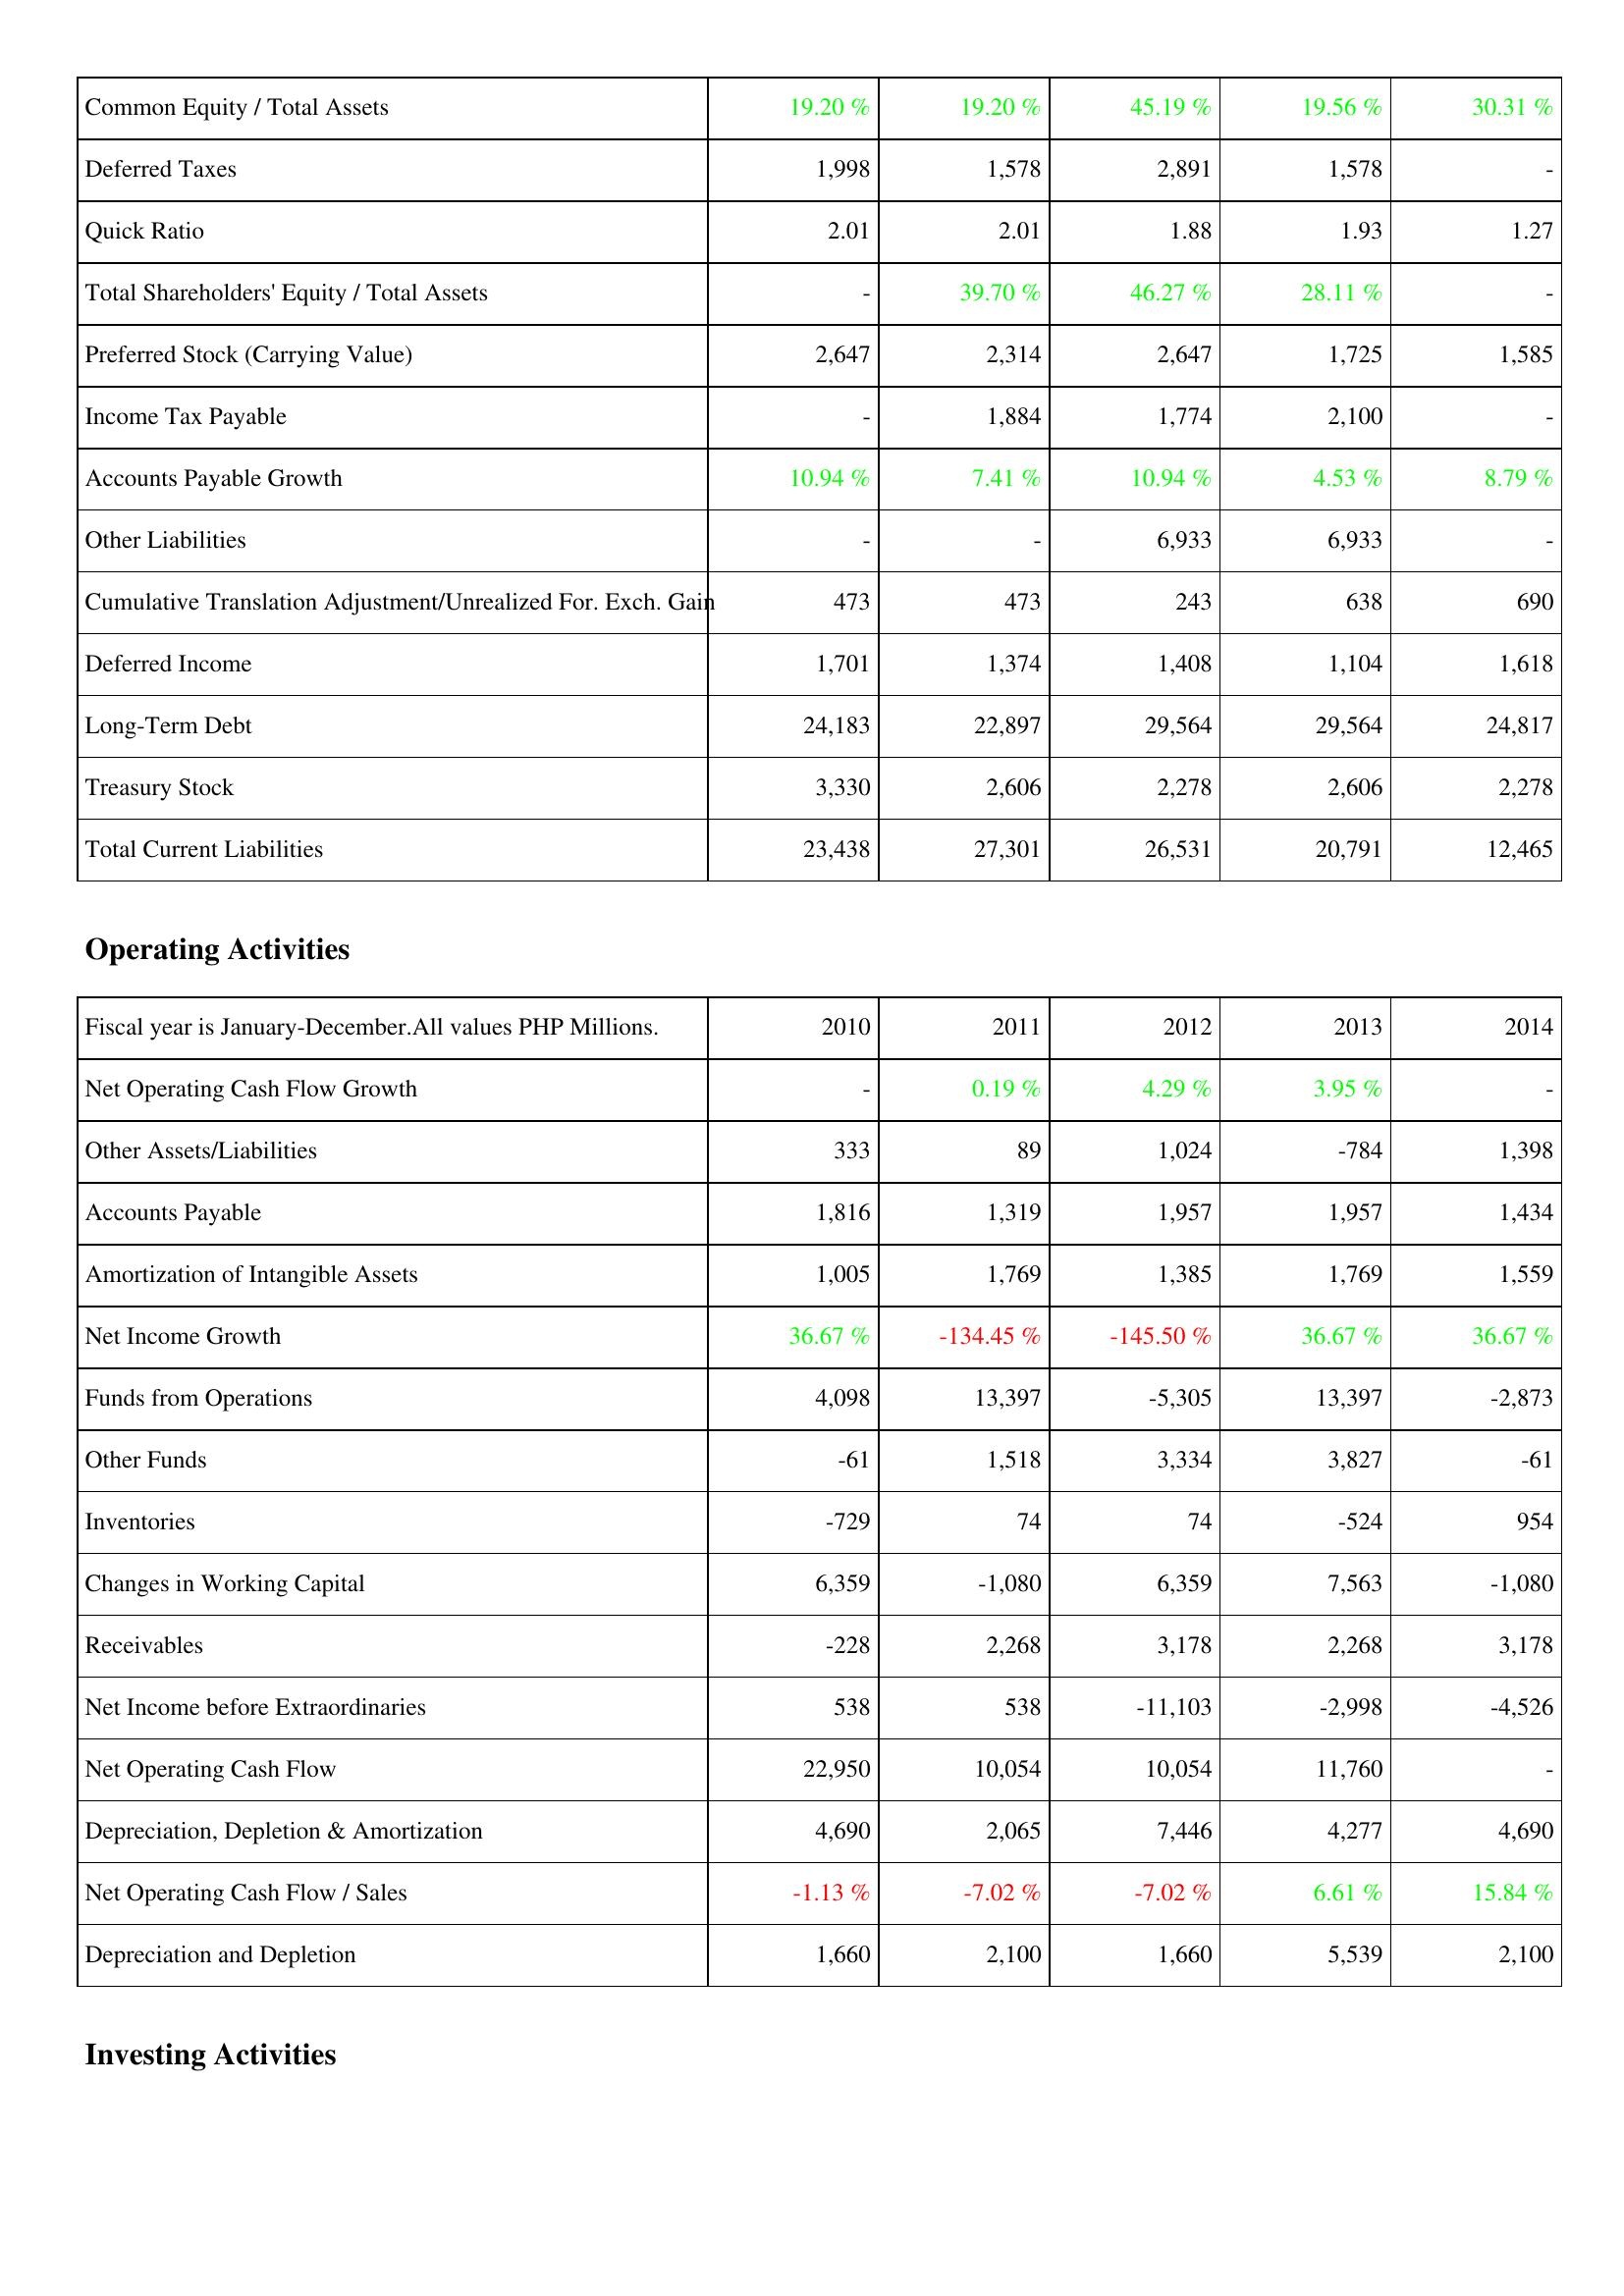
2010: Liabilities & Shareholders' Equity: Common Equity / Total Assets: 19.20 %
Deferred Taxes: 1,998
Quick Ratio: 2.01
Total Shareholders' Equity / Total Assets: -
Preferred Stock (Carrying Value): 2,647
Income Tax Payable: -
Accounts Payable Growth: 10.94 %
Other Liabilities: -
Cumulative Translation Adjustment/Unrealized For. Exch. Gain: 473
Deferred Income: 1,701
Long-Term Debt: 24,183
Treasury Stock: 3,330
Total Current Liabilities: 23,438
Operating Activities: Net Operating Cash Flow Growth: -
Other Assets/Liabilities: 333
Accounts Payable: 1,816
Amortization of Intangible Assets: 1,005
Net Income Growth: 36.67 %
Funds from Operations: 4,098
Other Funds: -61
Inventories: -729
Changes in Working Capital: 6,359
Receivables: -228
Net Income before Extraordinaries: 538
Net Operating Cash Flow: 22,950
Depreciation, Depletion & Amortization: 4,690
Net Operating Cash Flow / Sales: -1.13 %
Depreciation and Depletion: 1,660
2011: Liabilities & Shareholders' Equity: Common Equity / Total Assets: 19.20 %
Deferred Taxes: 1,578
Quick Ratio: 2.01
Total Shareholders' Equity / Total Assets: 39.70 %
Preferred Stock (Carrying Value): 2,314
Income Tax Payable: 1,884
Accounts Payable Growth: 7.41 %
Other Liabilities: -
Cumulative Translation Adjustment/Unrealized For. Exch. Gain: 473
Deferred Income: 1,374
Long-Term Debt: 22,897
Treasury Stock: 2,606
Total Current Liabilities: 27,301
Operating Activities: Net Operating Cash Flow Growth: 0.19 %
Other Assets/Liabilities: 89
Accounts Payable: 1,319
Amortization of Intangible Assets: 1,769
Net Income Growth: -134.45 %
Funds from Operations: 13,397
Other Funds: 1,518
Inventories: 74
Changes in Working Capital: -1,080
Receivables: 2,268
Net Income before Extraordinaries: 538
Net Operating Cash Flow: 10,054
Depreciation, Depletion & Amortization: 2,065
Net Operating Cash Flow / Sales: -7.02 %
Depreciation and Depletion: 2,100
2012: Liabilities & Shareholders' Equity: Common Equity / Total Assets: 45.19 %
Deferred Taxes: 2,891
Quick Ratio: 1.88
Total Shareholders' Equity / Total Assets: 46.27 %
Preferred Stock (Carrying Value): 2,647
Income Tax Payable: 1,774
Accounts Payable Growth: 10.94 %
Other Liabilities: 6,933
Cumulative Translation Adjustment/Unrealized For. Exch. Gain: 243
Deferred Income: 1,408
Long-Term Debt: 29,564
Treasury Stock: 2,278
Total Current Liabilities: 26,531
Operating Activities: Net Operating Cash Flow Growth: 4.29 %
Other Assets/Liabilities: 1,024
Accounts Payable: 1,957
Amortization of Intangible Assets: 1,385
Net Income Growth: -145.50 %
Funds from Operations: -5,305
Other Funds: 3,334
Inventories: 74
Changes in Working Capital: 6,359
Receivables: 3,178
Net Income before Extraordinaries: -11,103
Net Operating Cash Flow: 10,054
Depreciation, Depletion & Amortization: 7,446
Net Operating Cash Flow / Sales: -7.02 %
Depreciation and Depletion: 1,660
2013: Liabilities & Shareholders' Equity: Common Equity / Total Assets: 19.56 %
Deferred Taxes: 1,578
Quick Ratio: 1.93
Total Shareholders' Equity / Total Assets: 28.11 %
Preferred Stock (Carrying Value): 1,725
Income Tax Payable: 2,100
Accounts Payable Growth: 4.53 %
Other Liabilities: 6,933
Cumulative Translation Adjustment/Unrealized For. Exch. Gain: 638
Deferred Income: 1,104
Long-Term Debt: 29,564
Treasury Stock: 2,606
Total Current Liabilities: 20,791
Operating Activities: Net Operating Cash Flow Growth: 3.95 %
Other Assets/Liabilities: -784
Accounts Payable: 1,957
Amortization of Intangible Assets: 1,769
Net Income Growth: 36.67 %
Funds from Operations: 13,397
Other Funds: 3,827
Inventories: -524
Changes in Working Capital: 7,563
Receivables: 2,268
Net Income before Extraordinaries: -2,998
Net Operating Cash Flow: 11,760
Depreciation, Depletion & Amortization: 4,277
Net Operating Cash Flow / Sales: 6.61 %
Depreciation and Depletion: 5,539
2014: Liabilities & Shareholders' Equity: Common Equity / Total Assets: 30.31 %
Deferred Taxes: -
Quick Ratio: 1.27
Total Shareholders' Equity / Total Assets: -
Preferred Stock (Carrying Value): 1,585
Income Tax Payable: -
Accounts Payable Growth: 8.79 %
Other Liabilities: -
Cumulative Translation Adjustment/Unrealized For. Exch. Gain: 690
Deferred Income: 1,618
Long-Term Debt: 24,817
Treasury Stock: 2,278
Total Current Liabilities: 12,465
Operating Activities: Net Operating Cash Flow Growth: -
Other Assets/Liabilities: 1,398
Accounts Payable: 1,434
Amortization of Intangible Assets: 1,559
Net Income Growth: 36.67 %
Funds from Operations: -2,873
Other Funds: -61
Inventories: 954
Changes in Working Capital: -1,080
Receivables: 3,178
Net Income before Extraordinaries: -4,526
Net Operating Cash Flow: -
Depreciation, Depletion & Amortization: 4,690
Net Operating Cash Flow / Sales: 15.84 %
Depreciation and Depletion: 2,100